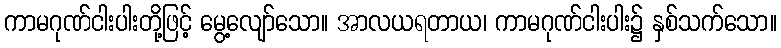
ကာမဂုဏ်ငါးပါးတို့ဖြင့် မွေ့လျော်သော။ အာလယရတာယ၊ ကာမဂုဏ်ငါးပါး၌ နှစ်သက်သော။